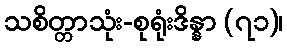
သစိတ္တာသုံး-စုရုံးဒိန္နာ (၇၁)၊